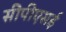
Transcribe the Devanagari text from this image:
सीपीएसई